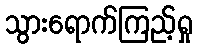
သွားရောက်ကြည့်ရှု